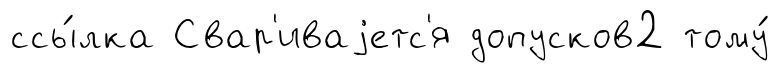
ссы́лка Свар'иваjетс'я допусков2 тому́